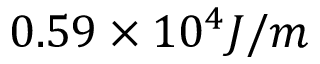
0 . 5 9 \times 1 0 ^ { 4 } J / m